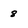
Character: 8